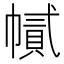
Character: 𢄽